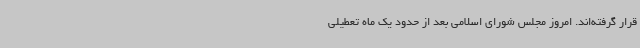
قرار گرفته‌اند. امروز مجلس شورای اسلامی بعد از حدود یک ماه تعطیلی